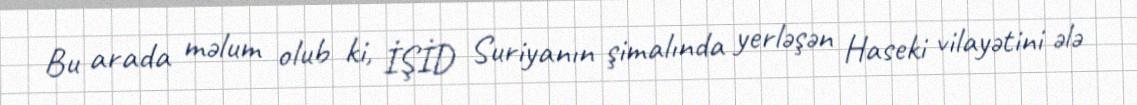
Bu arada məlum olub ki, İŞİD Suriyanın şimalında yerləşən Haseki vilayətini ələ